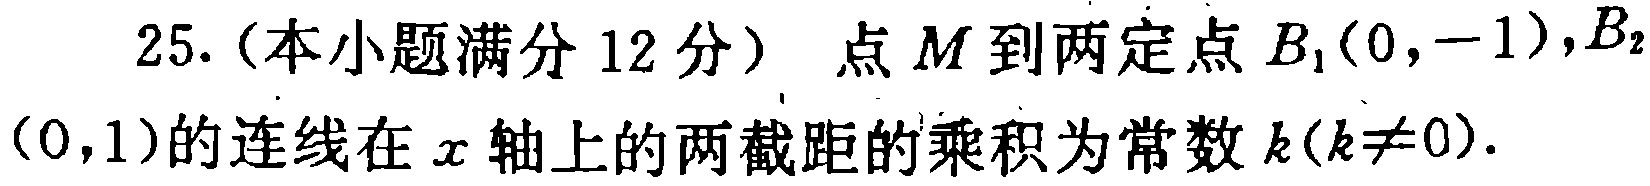
25.（本小题满分12分）点\(M\)到两定点\(B_1(0, -1)\)，\(B_2(0,1)\)的连线在\(x\)轴上的两截距的乘积为常数\(k(k\neq0)\).